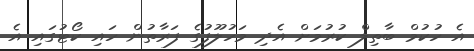
އެ ހުކުމް ބާތިލް ކުރުމަށް އެދި މަހުލޫފުގެ ފަރާތުން ހައި ކޯޓުގައި އެ